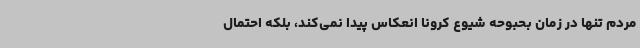
مردم تنها در زمان بحبوحه شیوع کرونا انعکاس پیدا نمی‌کند، بلکه احتمال